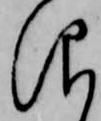
仰